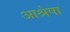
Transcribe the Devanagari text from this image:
आश्रेषा